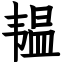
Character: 韫